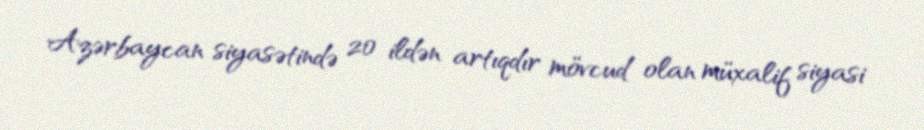
Azərbaycan siyasətində 20 ildən artıqdır mövcud olan müxalif siyasi